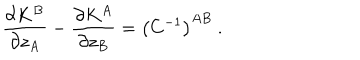
\frac { \partial K ^ { B } } { \partial z _ { A } } - \frac { \partial K ^ { A } } { \partial z _ { B } } = \left( C ^ { - 1 } \right) ^ { A B } \ .